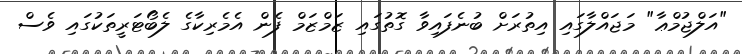
"އަލްޖުމްޢާ" މަޖައްލާގައި އިތުރަށް ބުނެފައިވާ ގޮތުގައި ޒަމްޒަމް ފެން އެމެރިކާގެ ލެބޯޓަރީތަކުގައި ވެސް